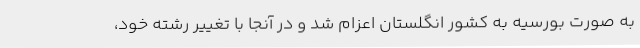
به صورت بورسیه به کشور انگلستان اعزام شد و در آنجا با تغییر رشته خود،